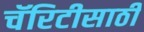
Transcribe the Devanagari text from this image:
चॅरिटीसाठी